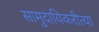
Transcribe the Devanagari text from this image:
सामुदायिकरीत्या